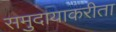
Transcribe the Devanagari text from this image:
समुदायाकरीता